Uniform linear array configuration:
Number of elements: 16
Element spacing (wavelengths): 0.25
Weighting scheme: blackman
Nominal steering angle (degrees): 30
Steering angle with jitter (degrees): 30.952
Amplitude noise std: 0.05
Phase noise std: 0.05

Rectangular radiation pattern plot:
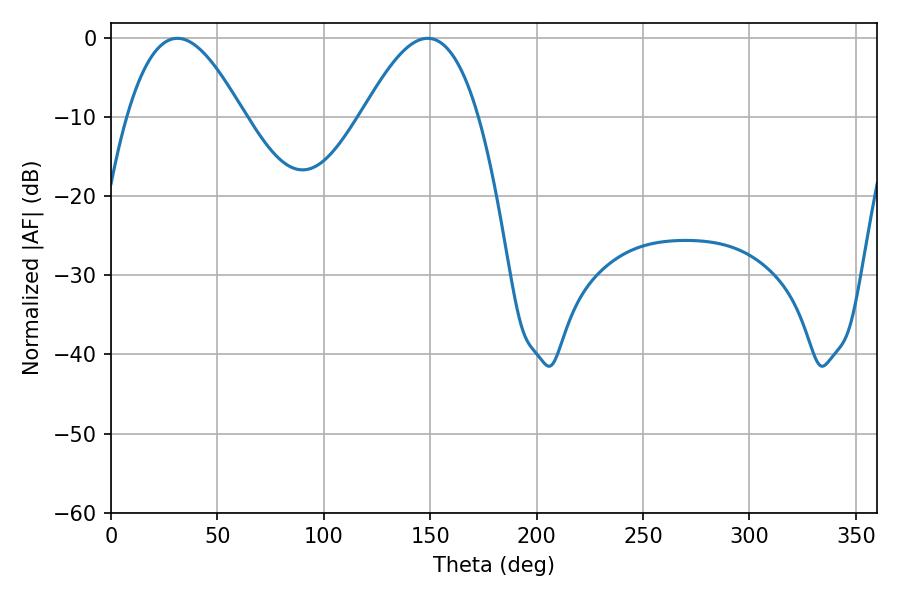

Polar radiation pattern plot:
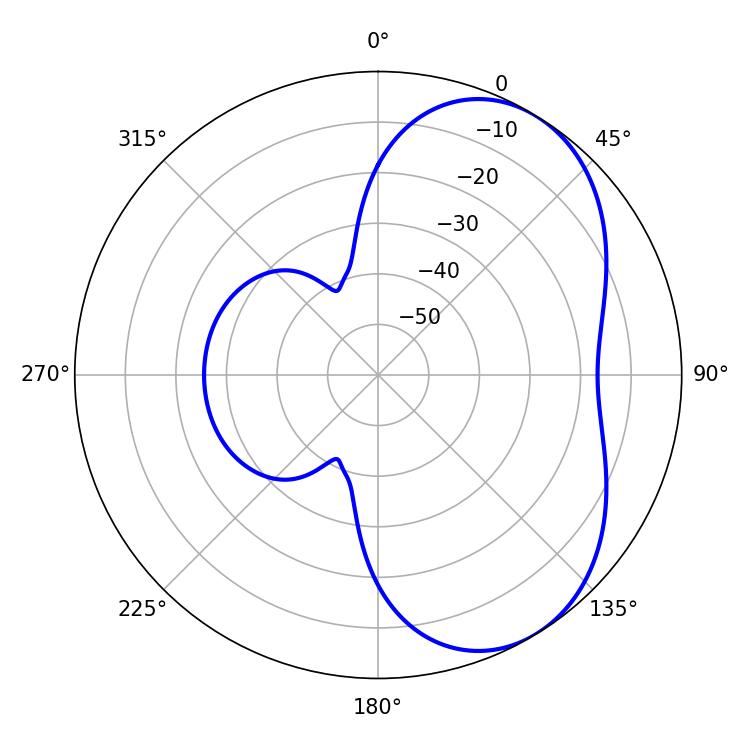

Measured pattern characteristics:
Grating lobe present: FALSE
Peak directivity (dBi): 5.06
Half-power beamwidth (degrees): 29.7
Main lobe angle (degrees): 31.14